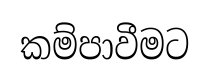
කම්පාවීමට